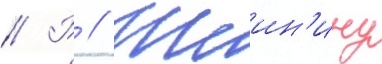
// Р // Шеин'ину